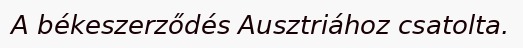
A békeszerződés Ausztriához csatolta.